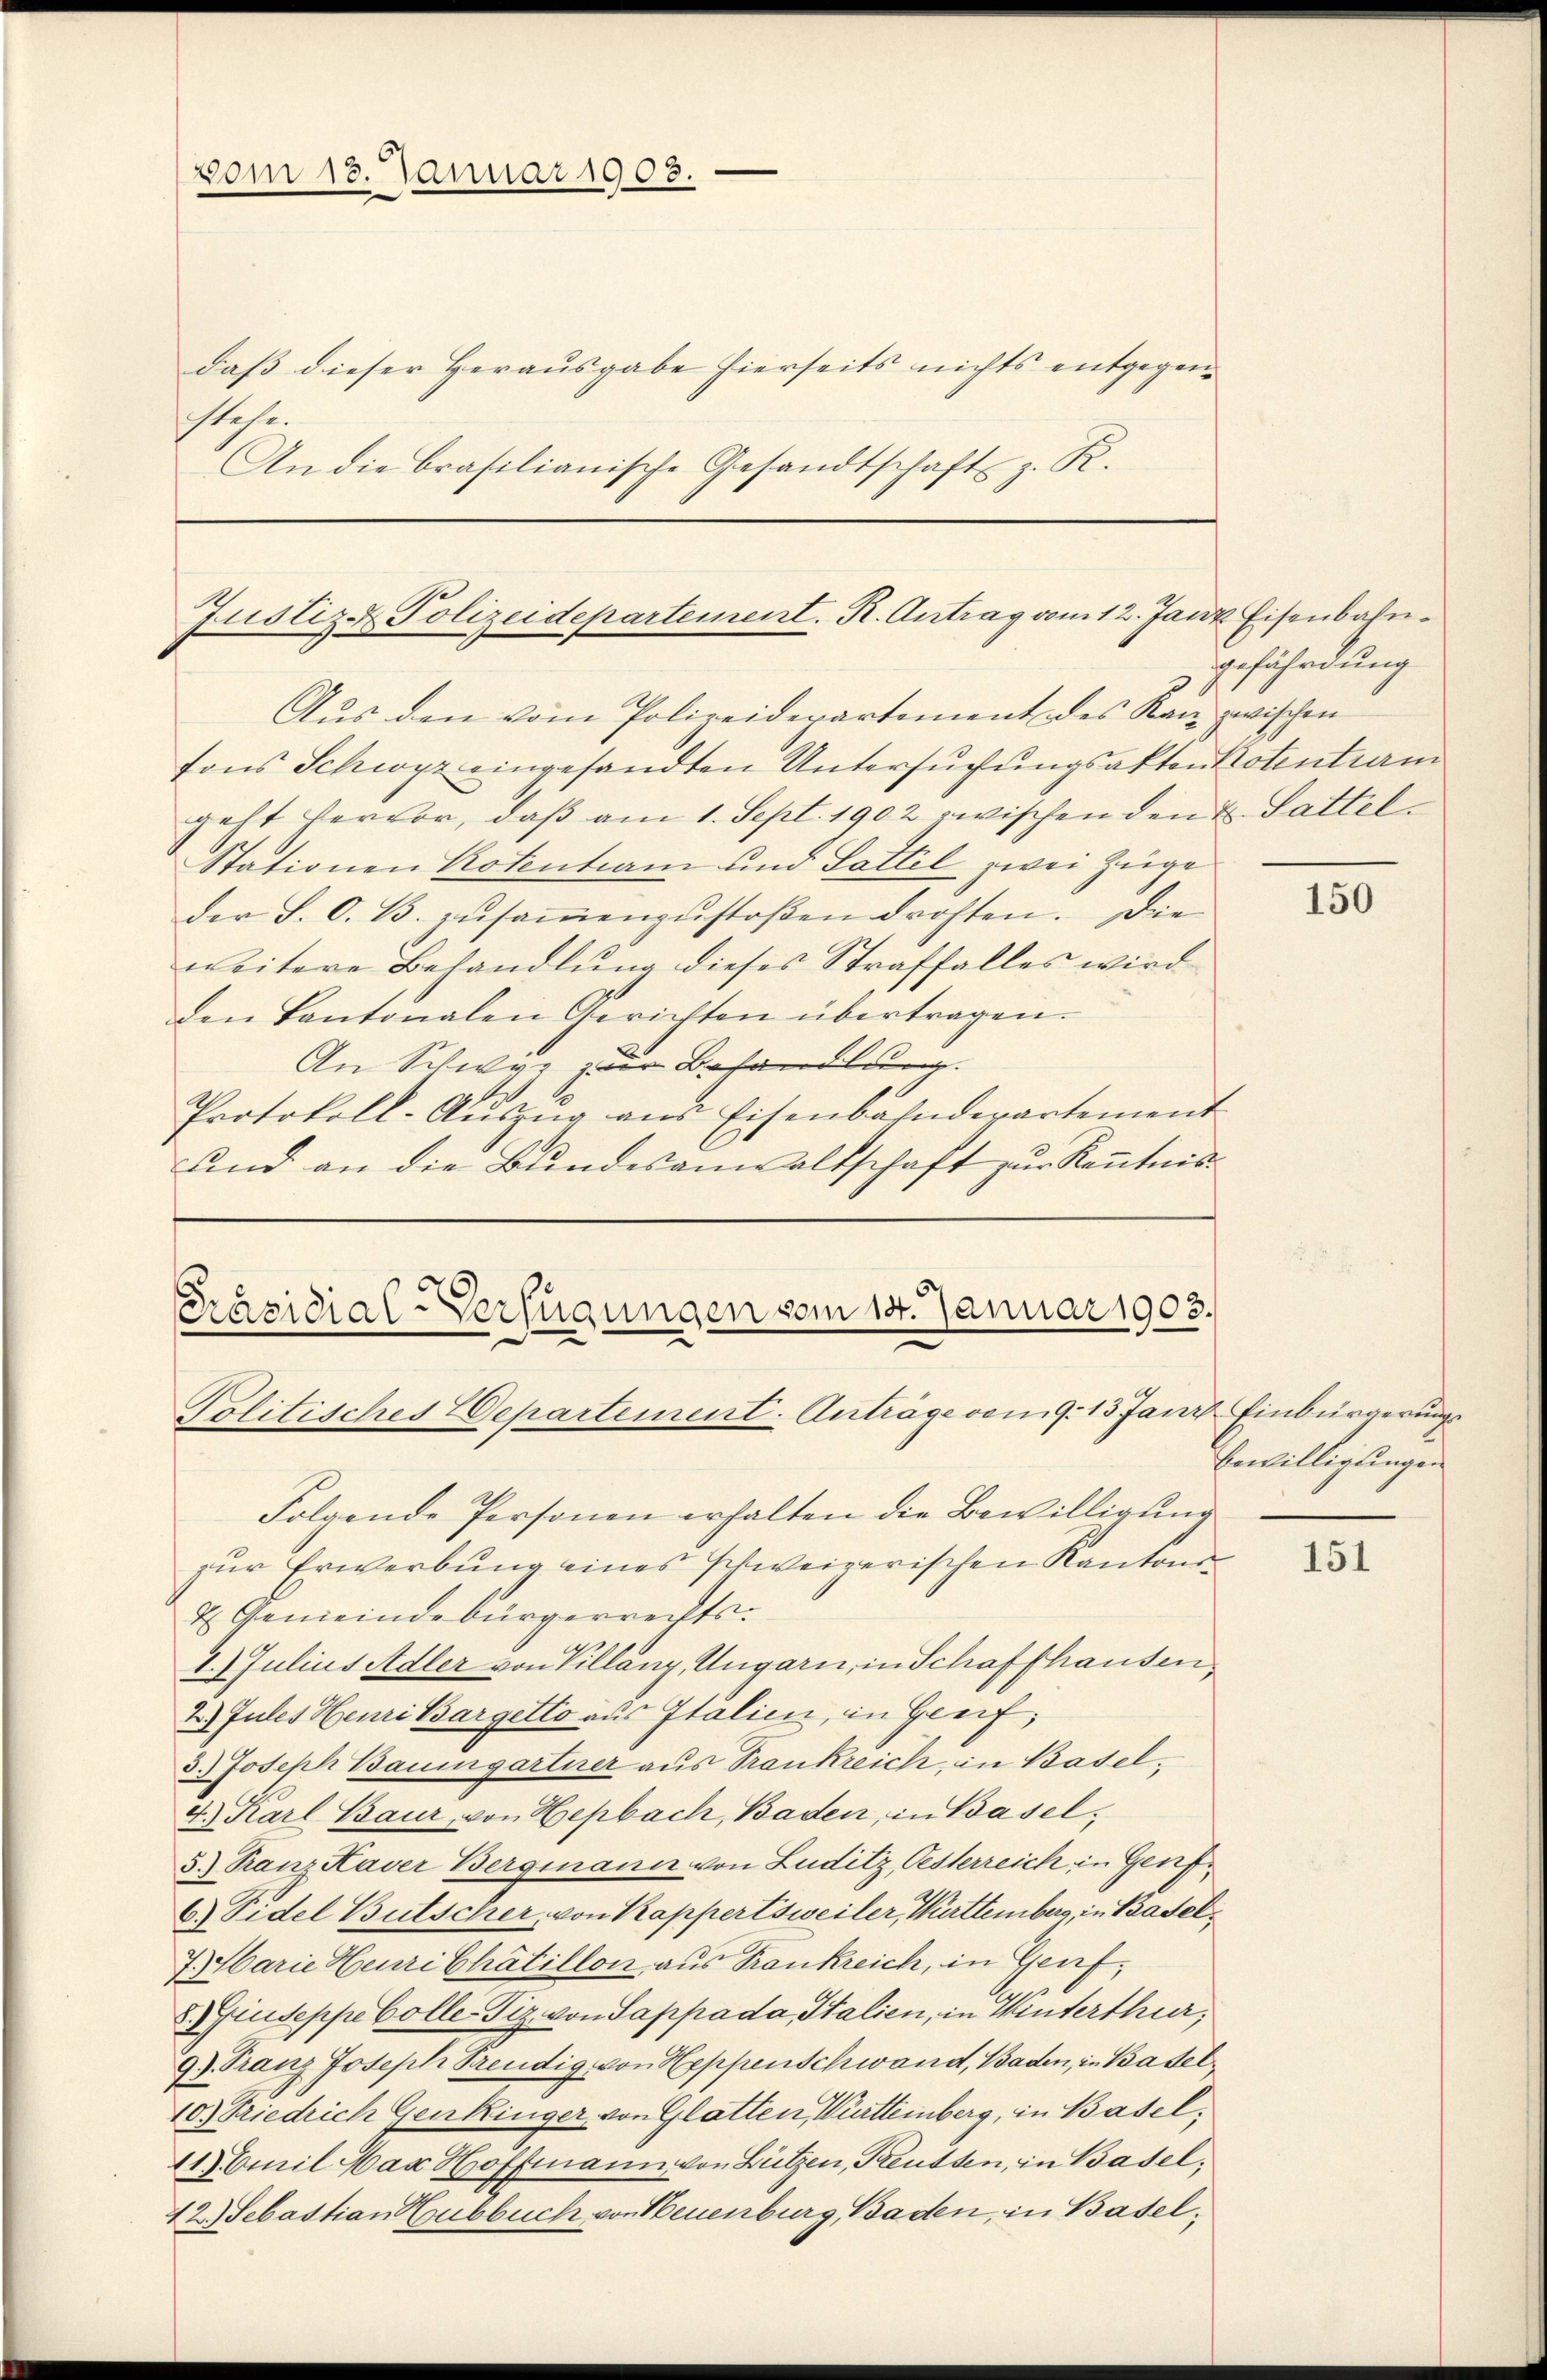
vom 13. Januar 1908.

daß dieser Herausgabe hierseits nichts entgegenstehe.
An die Brasilianische Gesandtschaft z. R.

Justiz- & Polizeidepartement. R. Antrag vom 12. Janz Eisenbahn¬

Aus den vom Polizeidepartement des Kan zwischen
fons Schwyz eingesandten Untersuchungsakten Notentiam
geht hervor, daβ am 1. Sept. 1902 zwischen den u. Sattel
Stationen Rotentiam und Sattel zwei Züge
der S. O. B. zŭsaṁenzŭstoβen drohten. Die
weitere Behandlŭng dieses Straffalles wird
den Kantonalen Gerichten übertragen.
An Schwyz zur Behandlung.
Protokoll-Aŭszŭg ans Eisenbahndepartement
und an die Bundesanwaltschaft zur Kenntnis

Präsidial-Verfügungen vom 14. Januar 1903.
Politisches Departement-Anträge vom 9. 13 Janr Einbürgerungs¬

Folgende Personen erhalten die Bewilligung
zur Erwerbung eines schweizerischen Kantons
2 Gemeindebürgerrechts.
1.) Julius Adler von Villanz, Ungarn, in Schaffhausen,
2.) Jules Henri Bargetto aus Italien, in Greif,
5.) Joseph Baumgartner aus Trankreich, in Basel¬
4.) Karl Baur, von Hepbach, Baden, in Basel¬
5.) Tanz Kaver Bergmann von Luditz, Oesterreich in Genf¬
6.) Sidel Butscher, von Kappertsweiler, Württemberg, in Basel¬
7. Marie Heuri Chätillon aus Trankreich, in Genf,
Giuseppe volle-Tiz. von Sappada Italien, in Winterthur,
9) Tranz Joseph Freudig von Heppenschwand, Baden, in Basel¬
10.) Friedrich Genkinger, von Glatten, Württemberg, in Basel,
11) Emil Har Hoffmann von Bützen, Preussen, in Basel,
42.) Sebastian Hubbuch von Neuenburg, Baden, in Basel,

gefährdung

150

Bewilligungen

151